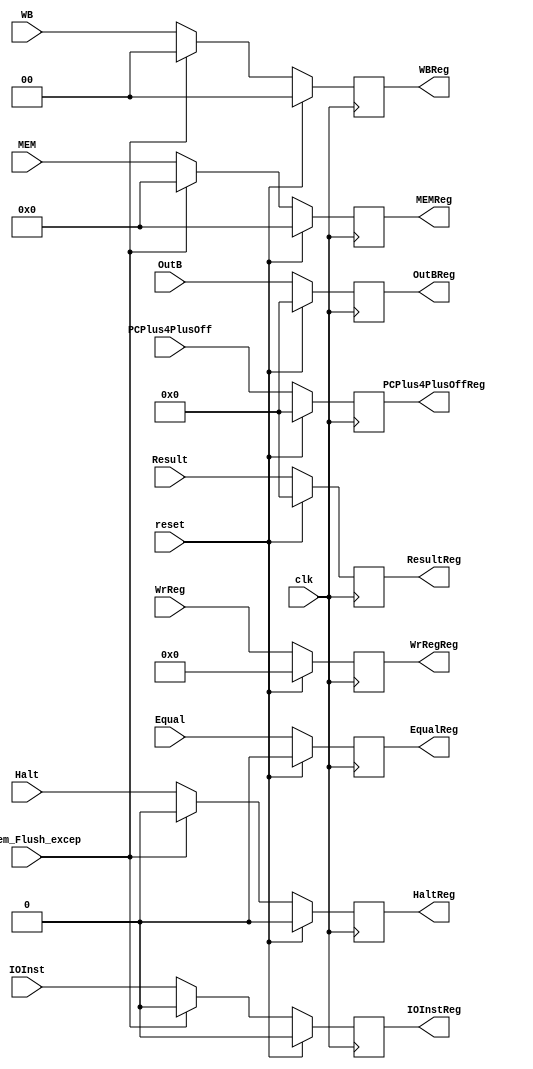
`timescale 1ns / 1ps
//////////////////////////////////////////////////////////////////////////////////
// Company: 
// Engineer: 
// 
// Design Name: 
// Module Name:    EXMem 
// Project Name: 
// Target Devices: 
// Tool versions: 
// Description: 
//
// Dependencies: 
//
// Revision: 
// Revision 0.01 - File Created
// Additional Comments: 
//
//////////////////////////////////////////////////////////////////////////////////
module EXMem(
PCPlus4PlusOff,
Equal,
Result,
OutB,
WrReg,
WB,
MEM,
EX_Mem_Flush_excep,
PCPlus4PlusOffReg,
EqualReg,
ResultReg,
OutBReg,
WrRegReg,
WBReg,
MEMReg,
clk,
reset,
IOInst,
IOInstReg,
Halt,
HaltReg
    );

input [31:0] PCPlus4PlusOff,Result,OutB;
input Equal,clk, EX_Mem_Flush_excep,reset,IOInst;
input [4:0] WrReg;
input [3:0] MEM;
input [1:0] WB;

output [31:0] PCPlus4PlusOffReg,ResultReg,OutBReg;
output EqualReg,IOInstReg;
output [4:0] WrRegReg;
output [3:0] MEMReg;
output [1:0] WBReg;

reg [31:0] PCPlus4PlusOffReg,ResultReg,OutBReg;
reg EqualReg,IOInstReg;
reg [4:0] WrRegReg;
reg [3:0] MEMReg;
reg [1:0] WBReg;

input Halt;
output reg HaltReg;

always @ (posedge clk)
begin
	if(reset)
	begin
			PCPlus4PlusOffReg <=0;
			ResultReg <= 0;
			OutBReg <= 0;
			EqualReg <= 0;
			WrRegReg <= 0;
			MEMReg <= 4'd0;
			WBReg <= 2'd0;
			IOInstReg <= 0;
			HaltReg <= 0;
	end
	else
	begin
		if (EX_Mem_Flush_excep == 1'b1)
		begin
			PCPlus4PlusOffReg <= PCPlus4PlusOff;
			ResultReg <= Result;
			OutBReg <= OutB;
			EqualReg <= Equal;
			WrRegReg <= WrReg;
			MEMReg <= 4'd0;
			WBReg <= 2'd0;
			IOInstReg <= 0;
			HaltReg <= 0;
		end
		else
		begin
			PCPlus4PlusOffReg <= PCPlus4PlusOff;
			ResultReg <= Result;
			OutBReg <= OutB;
			EqualReg <= Equal;
			WrRegReg <= WrReg;
			MEMReg <= MEM;
			WBReg <= WB;
			IOInstReg <= IOInst;
			HaltReg <= Halt;
		end
	end
end

endmodule